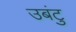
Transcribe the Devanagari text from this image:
उबंटु